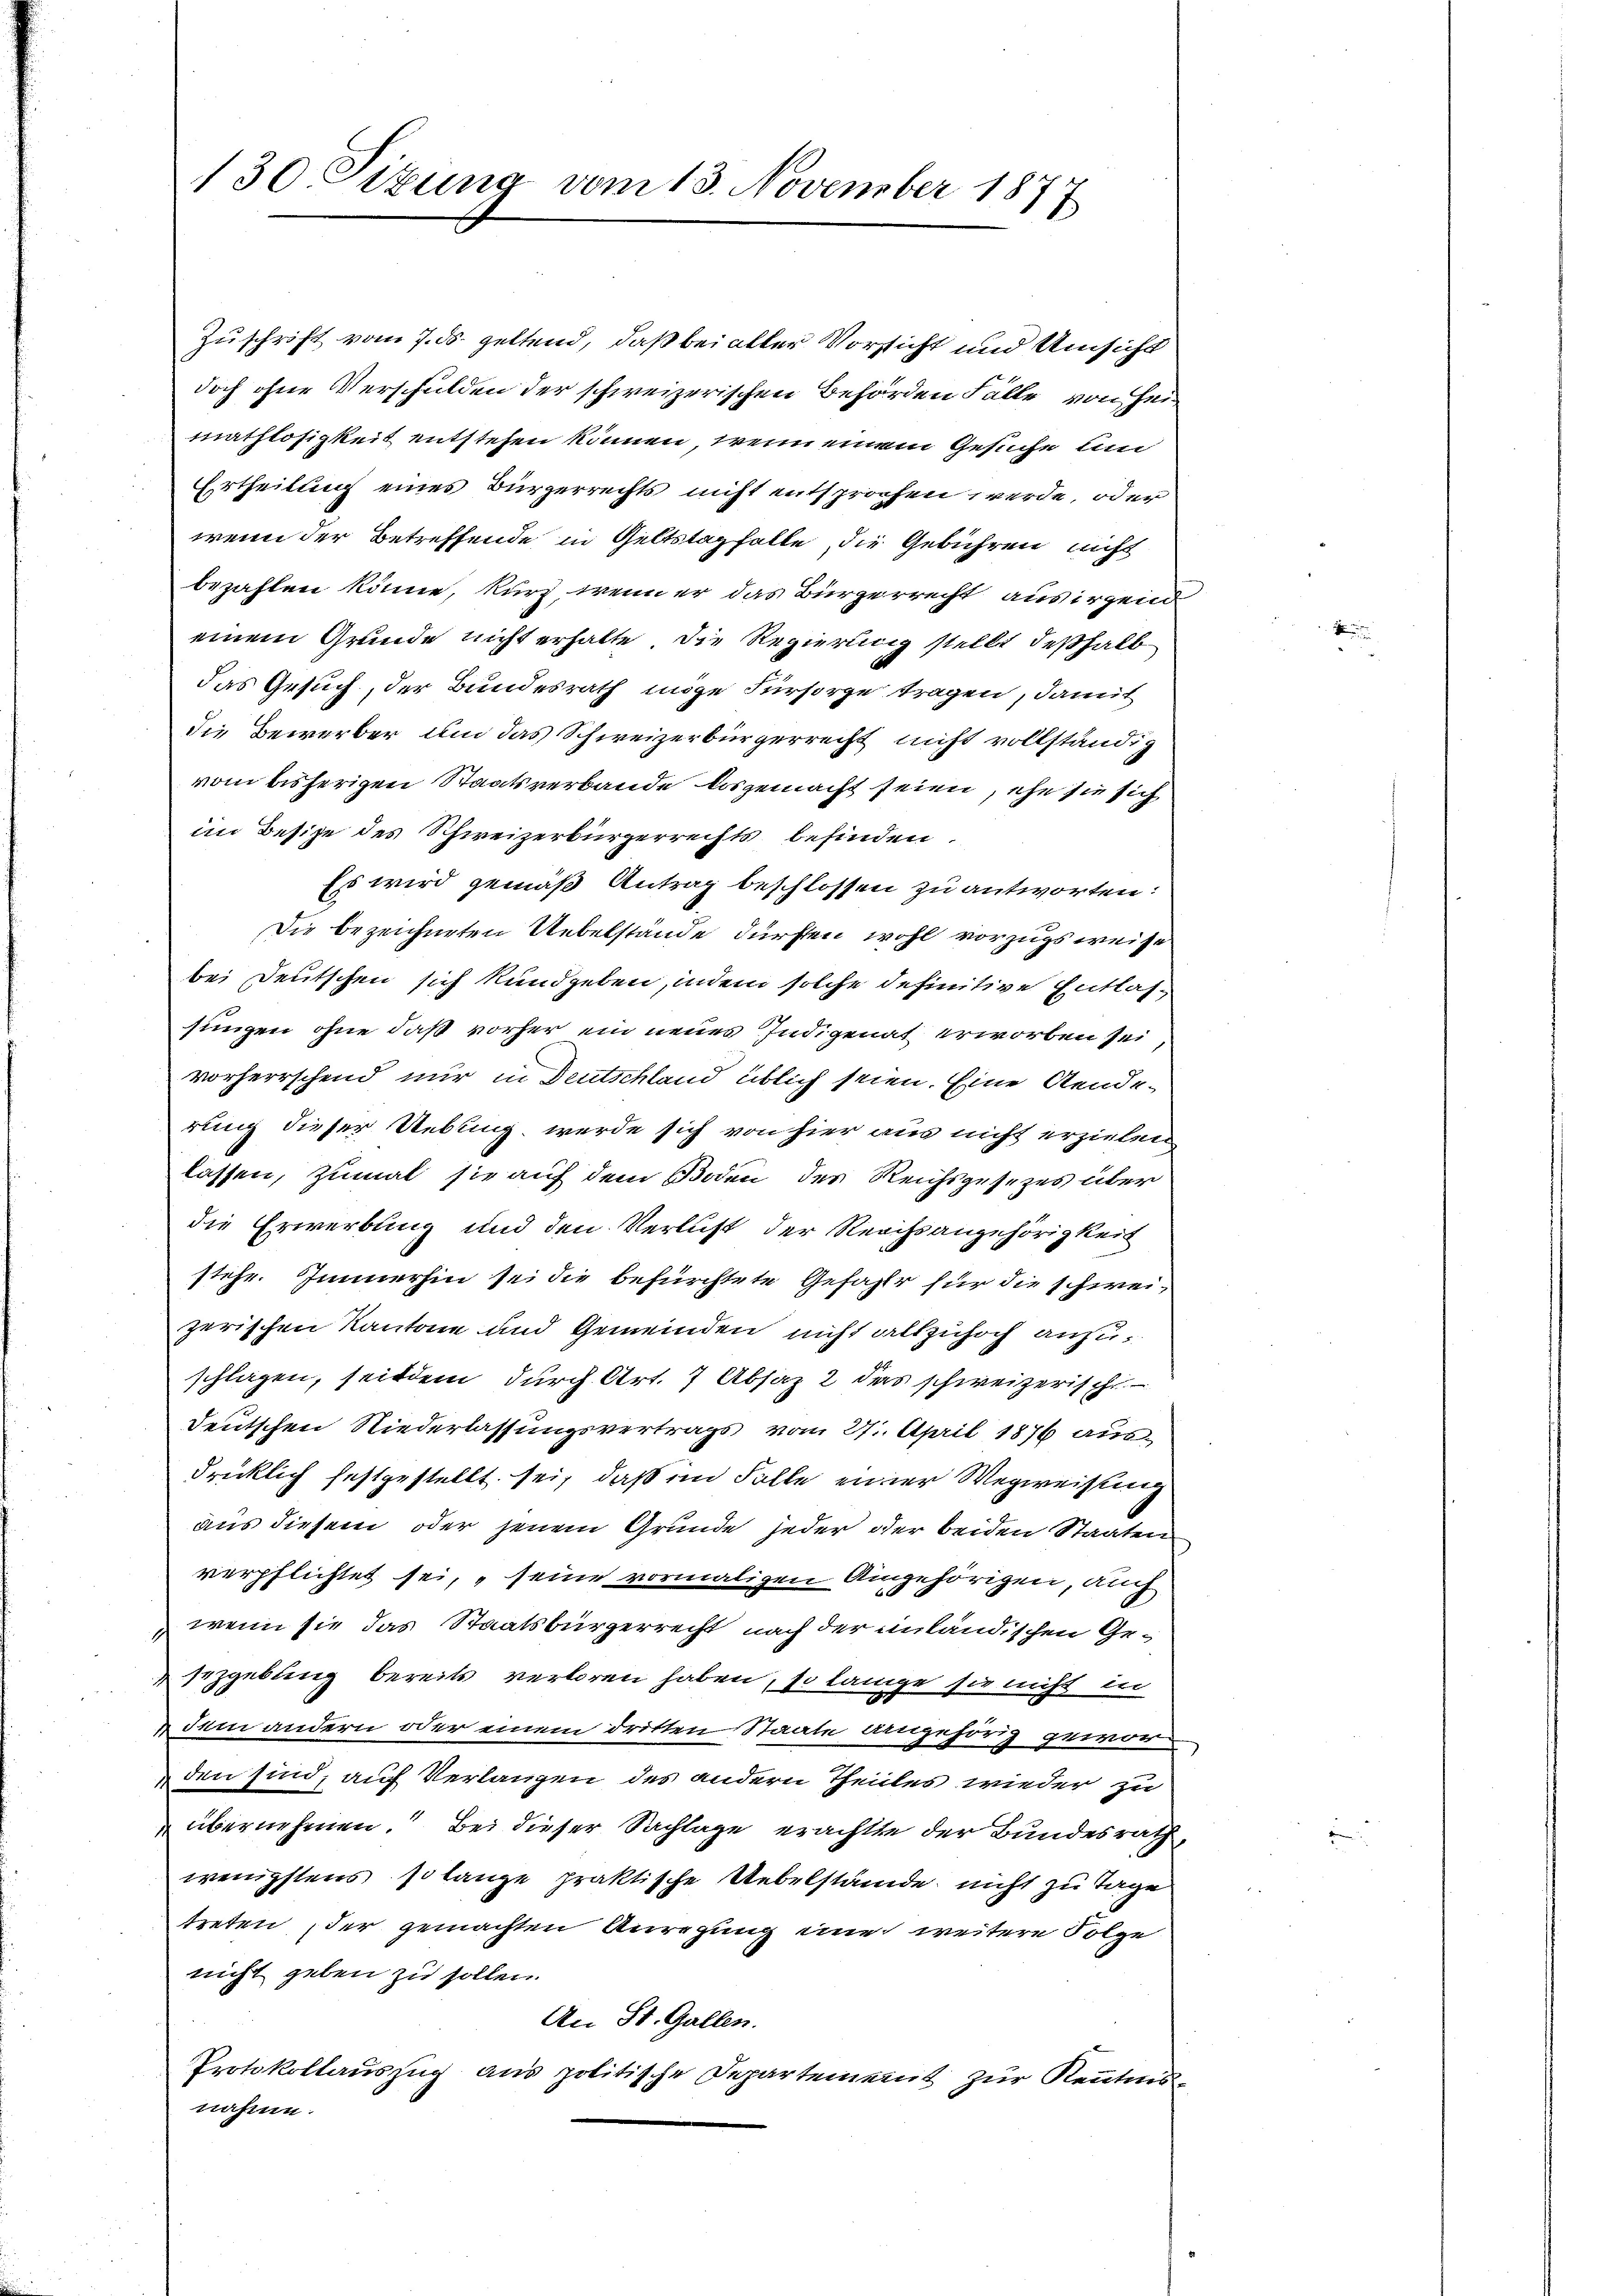
130. Sizung vom 13. November 1877

Zuschrift vom 7. ds. geltend, daß bei aller Vorsicht und Umsicht
doch ohne Verschulden der schweizerischen Behörden Fälle von Heimathlosigkeit entstehen können, wenn einem Gesuche un
Ertheilung eines Bürgerrechts nicht entsprochen werde, oder
wenn der Betreffende in Geltstag falle, die Gebühren nicht
bezahlen könne, kurz, wenn er das Bürgerrecht aus irgend
einem Grunde nicht erhalte, die Regierung stellt, deßhalb
das Gesuch, der Bundesrath möge Fürsorge tragen, damit
die Bewerber um das Schweizerbürgerrecht nicht vollständig
vom bisherigen Staatsverbande losgemacht seien, ehe sie sich
im Besitze des Schweizerbürgerrechts befinden.
Es wird gemäß Antrag beschlossen zu antworten:
Die bezeichneten Uebelstände dürfen wohl vorzugsweise
bei Deutschen sich kundgeben, indem solche definitive Entlassungen ohne daß vorher ein neues Indigenat erworben sei,
vorherrschend nur in Deutschland üblich seien. Eine Aenderung dieser Uebung werde sich von hier aus nicht erzielen
lassen, zumal sie auf dem Boden des Reichsgesezes über
die Erwerbung und den Verlust der Reichsangehörigkeit
stehe. Immerhin sei die befürchtete Gefahls für die schweizerischen Kantone und Gemeinden nicht allzuhoch anzuschlagen, seitdem durch Art. 7 Absaz 2 das schweizerische
Deutschen Niederlassungsvertrags vom 27. April 1876 aus-
drücklich festgestellt sei, daß im Falle einer Wegweisung
aus diesem oder jenem Grunde jeder oder beiden Staaten
verpflichtet sei, seine vormaligen Angehörigen, auch
wenn sie das Staatsbürgerrecht nach der inländischen Gesezgebung bereits verloren haben, so lange sie nicht in
dum andern oder einem dritten Staate angehörig geworden sind, auf Verlangen des andern Theilles wieder zu
 übernehmen. Bei dieser Sachlage erachtte der Bundesrath,
wenigstens so lange praktische Uebelstände, nicht zu Tage
treten, der gemachten Anregung eine weitere Folge
nicht geben zu sollen.
An St. Gallen.
Protokollauszug aus politische Departement zur Kenntnisnahme.